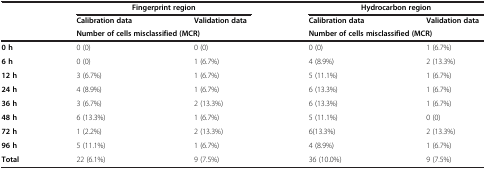
<table><thead><tr><td>[EMPTY_CELL]</td><td colspan="2"><b>Fingerprint region</b></td><td colspan="2"><b>Hydrocarbon region</b></td></tr><tr><td>[EMPTY_CELL]</td><td><b>Calibration data</b></td><td><b>Validation data</b></td><td><b>Calibration data</b></td><td><b>Validation data</b></td></tr><tr><td>[EMPTY_CELL]</td><td colspan="2"><b>Number of cells misclassified (MCR)</b></td><td colspan="2"><b>Number of cells misclassified (MCR)</b></td></tr></thead><tbody><tr><td><b>0 h</b></td><td>0 (0)</td><td>0 (0)</td><td>0 (0)</td><td>1 (6.7%)</td></tr><tr><td><b>6 h</b></td><td>0 (0)</td><td>1 (6.7%)</td><td>4 (8.9%)</td><td>2 (13.3%)</td></tr><tr><td><b>12 h</b></td><td>3 (6.7%)</td><td>1 (6.7%)</td><td>5 (11.1%)</td><td>1 (6.7%)</td></tr><tr><td><b>24 h</b></td><td>4 (8.9%)</td><td>1 (6.7%)</td><td>6 (13.3%)</td><td>1 (6.7%)</td></tr><tr><td><b>36 h</b></td><td>3 (6.7%)</td><td>2 (13.3%)</td><td>6 (13.3%)</td><td>1 (6.7%)</td></tr><tr><td><b>48 h</b></td><td>6 (13.3%)</td><td>1 (6.7%)</td><td>5 (11.1%)</td><td>0 (0)</td></tr><tr><td><b>72 h</b></td><td>1 (2.2%)</td><td>2 (13.3%)</td><td>6(13.3%)</td><td>2 (13.3%)</td></tr><tr><td><b>96 h</b></td><td>5 (11.1%)</td><td>1 (6.7%)</td><td>4 (8.9%)</td><td>1 (6.7%)</td></tr><tr><td><b>Total</b></td><td>22 (6.1%)</td><td>9 (7.5%)</td><td>36 (10.0%)</td><td>9 (7.5%)</td></tr></tbody></table>